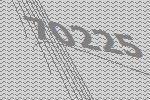
70225